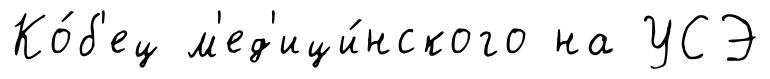
Ко́б'ец м'ед'ици́нского на УСЭ